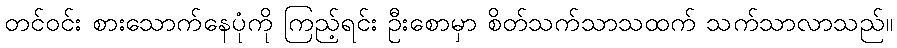
တင်ဝင်း စားသောက်နေပုံကို ကြည့်ရင်း ဦးစောမှာ စိတ်သက်သာသထက် သက်သာလာသည်။